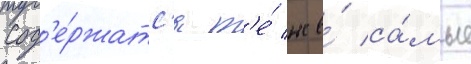
Сод'е́ржатс'я т'е́ же́ са́мые